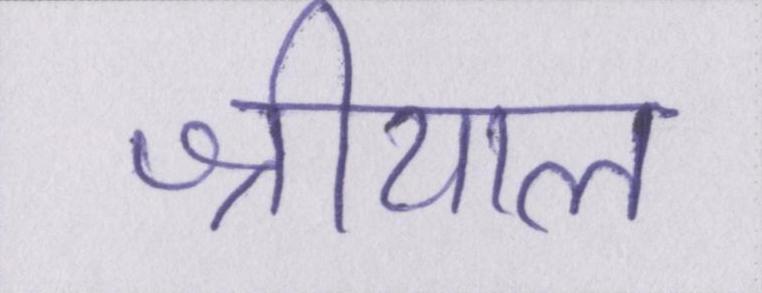
श्रीयाल